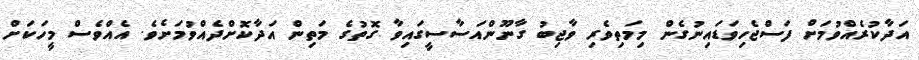
އަދާކުރެއްވުމަށް ފަސްޖެހިވަޑައިނުގެން މިމަތިވެރި ވާޖިބު ގާނޫންއަސާސީގައިވާ ގޮތުގެ މަތިން އަދާކޮށްދެއްވުމަށެވެ. އެއްވެސް މީހަކަށް